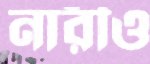
নারীও